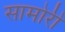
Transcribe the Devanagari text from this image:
सामोरीं